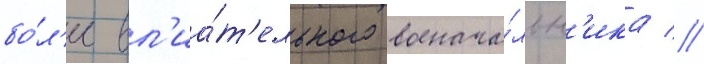
бо́л'ее вл'иа́т'ельного военача́льн'ика //